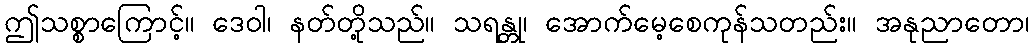
ဤသစ္စာကြောင့်။ ဒေဝါ၊ နတ်တို့သည်။ သရန္တု၊ အောက်မေ့စေကုန်သတည်း။ အနုညာတော၊